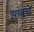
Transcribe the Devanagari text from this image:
झांबुचे